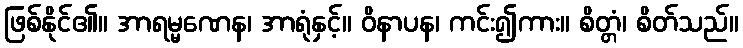
ဖြစ်နိုင်၏။ အာရမ္မဏေန၊ အာရုံနှင့်။ ဝိနာပန၊ ကင်း၍ကား။ စိတ္တံ၊ စိတ်သည်။